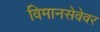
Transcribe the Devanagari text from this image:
विमानसेवेवर